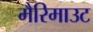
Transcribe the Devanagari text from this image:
मैरिमाउट